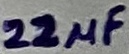
Text: 22µF